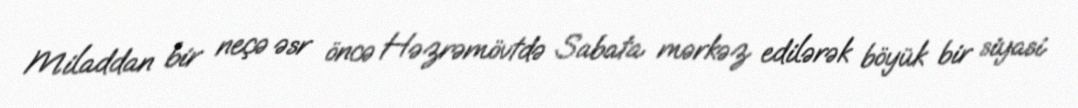
Miladdan bir neçə əsr öncə Həzrəmövtdə Sabata mərkəz edilərək böyük bir siyasi